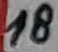
Text: 18